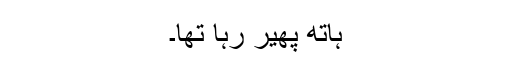
ہاتھ پھیر رہا تھا۔